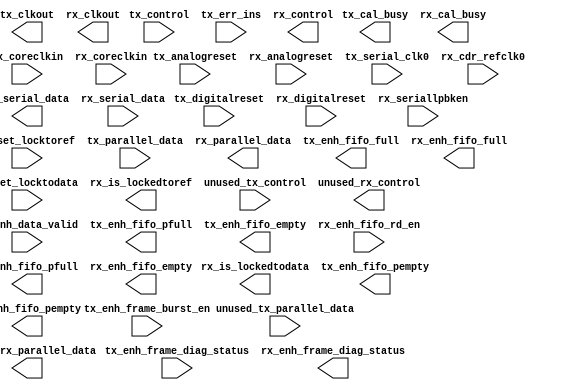
module interlaken_phy_xcvr_native_a10_0 (
		input  wire [0:0]  tx_analogreset,           //           tx_analogreset.tx_analogreset
		input  wire [0:0]  tx_digitalreset,          //          tx_digitalreset.tx_digitalreset
		input  wire [0:0]  rx_analogreset,           //           rx_analogreset.rx_analogreset
		input  wire [0:0]  rx_digitalreset,          //          rx_digitalreset.rx_digitalreset
		output wire [0:0]  tx_cal_busy,              //              tx_cal_busy.tx_cal_busy
		output wire [0:0]  rx_cal_busy,              //              rx_cal_busy.rx_cal_busy
		input  wire [0:0]  tx_serial_clk0,           //           tx_serial_clk0.clk
		input  wire        rx_cdr_refclk0,           //           rx_cdr_refclk0.clk
		output wire [0:0]  tx_serial_data,           //           tx_serial_data.tx_serial_data
		input  wire [0:0]  rx_serial_data,           //           rx_serial_data.rx_serial_data
		input  wire [0:0]  rx_seriallpbken,          //          rx_seriallpbken.rx_seriallpbken
		input  wire [0:0]  rx_set_locktodata,        //        rx_set_locktodata.rx_set_locktodata
		input  wire [0:0]  rx_set_locktoref,         //         rx_set_locktoref.rx_set_locktoref
		output wire [0:0]  rx_is_lockedtoref,        //        rx_is_lockedtoref.rx_is_lockedtoref
		output wire [0:0]  rx_is_lockedtodata,       //       rx_is_lockedtodata.rx_is_lockedtodata
		input  wire [0:0]  tx_coreclkin,             //             tx_coreclkin.clk
		input  wire [0:0]  rx_coreclkin,             //             rx_coreclkin.clk
		output wire [0:0]  tx_clkout,                //                tx_clkout.clk
		output wire [0:0]  rx_clkout,                //                rx_clkout.clk
		input  wire [63:0] tx_parallel_data,         //         tx_parallel_data.tx_parallel_data
		input  wire [2:0]  tx_control,               //               tx_control.tx_control
		input  wire        tx_err_ins,               //               tx_err_ins.tx_err_ins
		input  wire [63:0] unused_tx_parallel_data,  //  unused_tx_parallel_data.unused_tx_parallel_data
		input  wire [13:0] unused_tx_control,        //        unused_tx_control.unused_tx_control
		output wire [63:0] rx_parallel_data,         //         rx_parallel_data.rx_parallel_data
		output wire [9:0]  rx_control,               //               rx_control.rx_control
		output wire [63:0] unused_rx_parallel_data,  //  unused_rx_parallel_data.unused_rx_parallel_data
		output wire [9:0]  unused_rx_control,        //        unused_rx_control.unused_rx_control
		input  wire [0:0]  tx_enh_data_valid,        //        tx_enh_data_valid.tx_enh_data_valid
		output wire [0:0]  tx_enh_fifo_full,         //         tx_enh_fifo_full.tx_enh_fifo_full
		output wire [0:0]  tx_enh_fifo_pfull,        //        tx_enh_fifo_pfull.tx_enh_fifo_pfull
		output wire [0:0]  tx_enh_fifo_empty,        //        tx_enh_fifo_empty.tx_enh_fifo_empty
		output wire [0:0]  tx_enh_fifo_pempty,       //       tx_enh_fifo_pempty.tx_enh_fifo_pempty
		input  wire [0:0]  rx_enh_fifo_rd_en,        //        rx_enh_fifo_rd_en.rx_enh_fifo_rd_en
		output wire [0:0]  rx_enh_fifo_full,         //         rx_enh_fifo_full.rx_enh_fifo_full
		output wire [0:0]  rx_enh_fifo_pfull,        //        rx_enh_fifo_pfull.rx_enh_fifo_pfull
		output wire [0:0]  rx_enh_fifo_empty,        //        rx_enh_fifo_empty.rx_enh_fifo_empty
		output wire [0:0]  rx_enh_fifo_pempty,       //       rx_enh_fifo_pempty.rx_enh_fifo_pempty
		input  wire [0:0]  tx_enh_frame_burst_en,    //          tx_enh_burst_en.tx_enh_frame_burst_en
		input  wire [1:0]  tx_enh_frame_diag_status, // tx_enh_frame_diag_status.tx_enh_frame_diag_status
		output wire [1:0]  rx_enh_frame_diag_status  // rx_enh_frame_diag_status.rx_enh_frame_diag_status
	);
endmodule